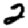
Digit: 2